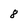
Character: 8